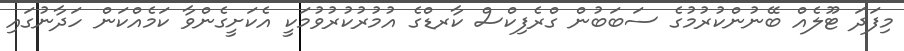
މިފަދަ ޓޫލެއް ބޭނުންކުރުމުގެ ސަބަބުން ގްރެފިކްސް ކާރޑްގެ އުމުރުކުރުވުމަކީ އެކަށީގެންވާ ކަމެއްކަން ހަދާނުގައި